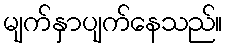
မျက်နှာပျက်နေသည်။